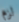
لزم